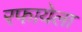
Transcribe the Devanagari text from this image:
रफायेला